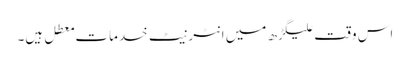
اس وقت علیگڑھ میں انٹرنیٹ خدمات معطل ہیں۔